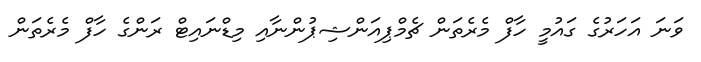
ވަނަ އަހަރުގެ ގައުމީ ހާފް މެރެތަން ޗެމްޕިއަންޝިޕުންނާއި މިޑްނައިޓް ރަންގެ ހާފް މެރެތަން